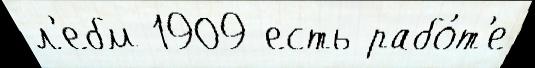
л'ебм 1909 есть рабо́т'е